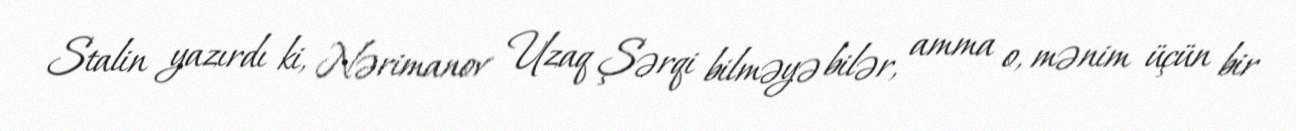
Stalin yazırdı ki, Nərimanov Uzaq Şərqi bilməyə bilər, amma o, mənim üçün bir